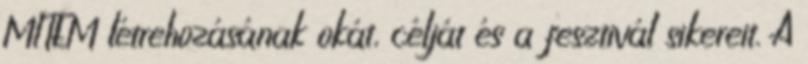
MITEM létrehozásának okát, célját és a fesztivál sikereit. A